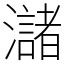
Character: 㶆